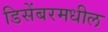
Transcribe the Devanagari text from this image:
डिसेंबरमधील